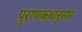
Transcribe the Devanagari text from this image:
पुराणकथांनुसार